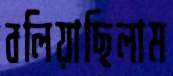
বলিয়াছিলাম